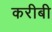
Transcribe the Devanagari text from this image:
करीबी